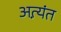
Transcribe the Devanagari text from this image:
अत्य़ंत